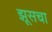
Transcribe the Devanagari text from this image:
झूसचा